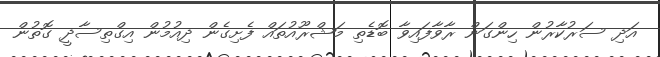
އަދި ސަރުކާރުން ހިންގަން ރާވާފައިވާ ބޮޑެތި މަޝްރޫއުތައް ފެށިގެން ދިއުމުން އިގްތިސާދީ ގޮތުން